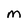
Character: M